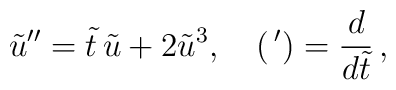
\tilde u''=\tilde t\, \tilde u+2\tilde u^3,\quad (\,{}')=\frac{d}{d\tilde t}\,,